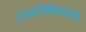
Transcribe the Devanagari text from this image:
रावळपिंडीजवळची